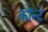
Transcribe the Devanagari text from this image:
कॉन्टे